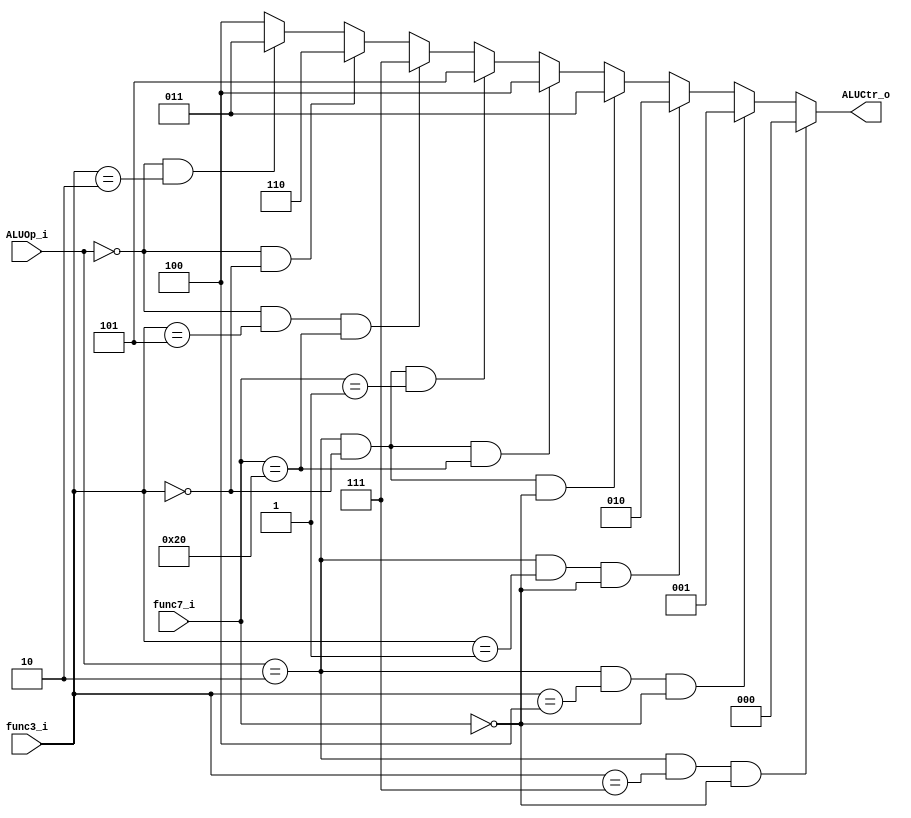
module ALU_Control(
    ALUOp_i,
    func3_i,
    func7_i,
    ALUCtr_o
);

input [1:0] ALUOp_i;
input [2:0] func3_i;
input [6:0] func7_i;
output [2:0] ALUCtr_o;


assign ALUCtr_o = (ALUOp_i == 2'b10 && func3_i == 3'b111 && func7_i == 7'b0000000) ? 3'b000 : //and 
                  (ALUOp_i == 2'b10 && func3_i == 3'b100 && func7_i == 7'b0000000) ? 3'b001 : //xor
                  (ALUOp_i == 2'b10 && func3_i == 3'b001 && func7_i == 7'b0000000) ? 3'b010 : //sll
                  (ALUOp_i == 2'b10 && func3_i == 3'b000 && func7_i == 7'b0000000) ? 3'b011 : //add
                  (ALUOp_i == 2'b10 && func3_i == 3'b000 && func7_i == 7'b0100000) ? 3'b100 : //sub
                  (ALUOp_i == 2'b10 && func3_i == 3'b000 && func7_i == 7'b0000001) ? 3'b101 : //mul
                  (ALUOp_i == 2'b00 && func3_i == 3'b101 && func7_i == 7'b0100000) ? 3'b111 : //srai
                  (ALUOp_i == 2'b00 && func3_i == 3'b000) ? 3'b110 :     //addi
                  (ALUOp_i == 2'b00 && func3_i == 3'b010) ? 3'b011 :     //lw, sw
                   3'b100;   //beq

endmodule